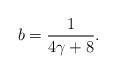
LaTeX: \begin{align*}b = \frac {1} {4\gamma +8}.\end{align*}